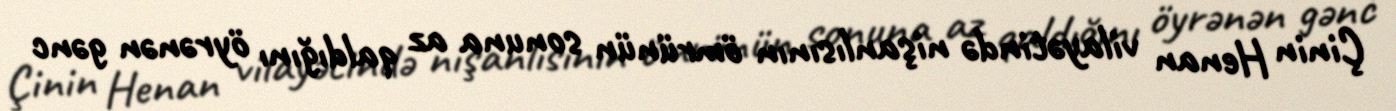
Çinin Henan vilayətində nişanlısının ömrünün sonuna az qaldığını öyrənən gənc